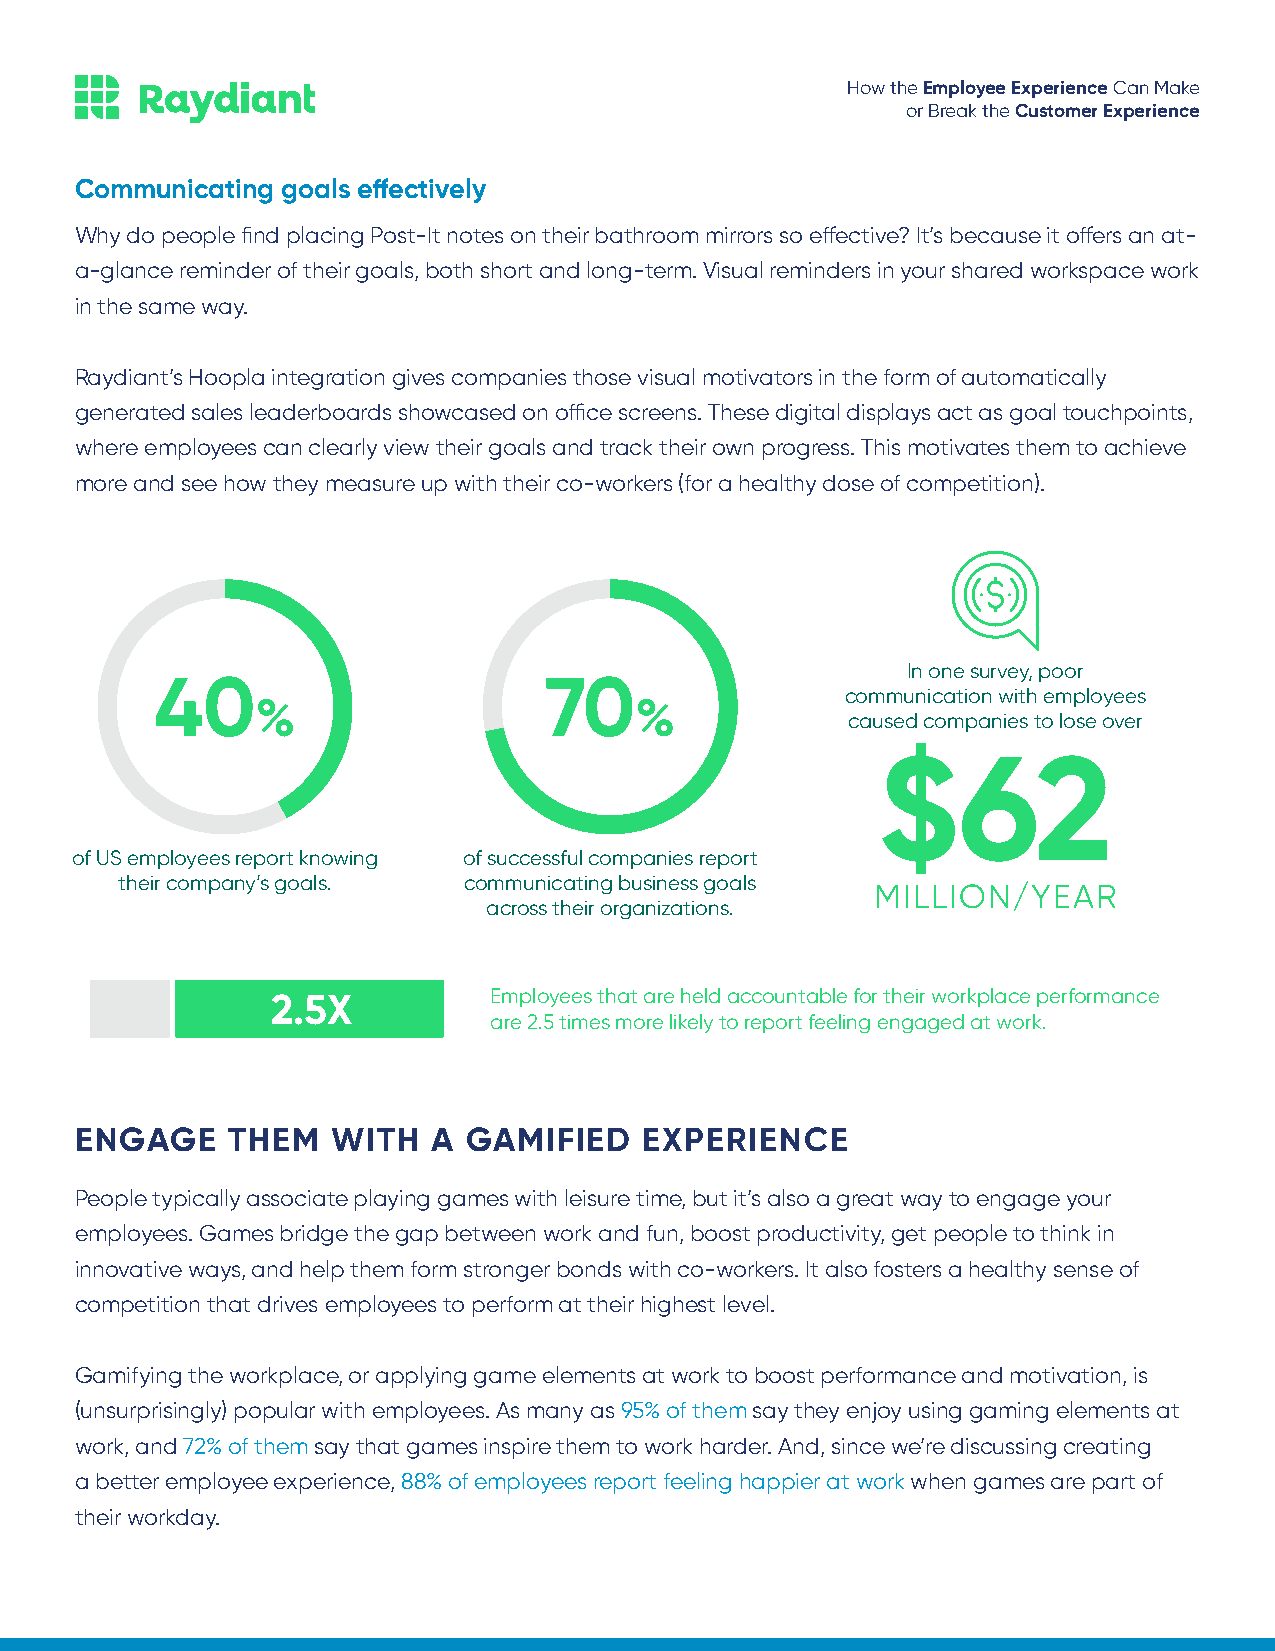
How the Employee Experience Can Make
 or Break the Customer Experience
 Communicating goals effectively
 Why do people find placing Post-It notes on their bathroom mirrors so effective? It’s because it offers an at-
 a-glance reminder of their goals, both short and long-term. Visual reminders in your shared workspace work
 in the same way.
 Raydiant’s Hoopla integration gives companies those visual motivators in the form of automatically
 generated sales leaderboards showcased on office screens. These digital displays act as goal touchpoints,
 where employees can clearly view their goals and track their own progress. This motivates them to achieve
 more and see how they measure up with their co-workers (for a healthy dose of competition).
 In one survey, poor
 40                        70
 communication with employees
 %                        %
 caused companies to lose over
 $62
 of US employees report knowing of successful companies report
 their company’s goals. communicating business goals
 MILLION/YEAR
 across their organizations.
 2.5X          Employees that are held accountable for their workplace performance
 are 2.5 times more likely to report feeling engaged at work.
 ENGAGE    THEM   WITH   A GAMIFIED    EXPERIENCE
 People typically associate playing games with leisure time, but it’s also a great way to engage your
 employees. Games bridge the gap between work and fun, boost productivity, get people to think in
 innovative ways, and help them form stronger bonds with co-workers. It also fosters a healthy sense of
 competition that drives employees to perform at their highest level.
 Gamifying the workplace, or applying game elements at work to boost performance and motivation, is
 (unsurprisingly) popular with employees. As many as 95% of them say they enjoy using gaming elements at
 work, and 72% of them say that games inspire them to work harder. And, since we’re discussing creating
 a better employee experience, 88% of employees report feeling happier at work when games are part of
 their workday.